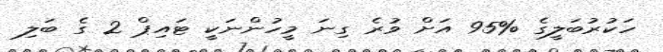
ހަކުރުބަލީގެ %95 އަށް ވުރެ ގިނަ މީހުންނަކީ ޓައިޕް 2 ގެ ބަލި